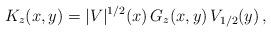
LaTeX: \begin{align*} K_z(x,y) = |V|^{1/2}(x) \, G_z(x,y) \, V_{1/2}(y) \,,\end{align*}